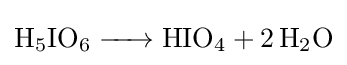
{\ce {H5IO6 -> HIO4 + 2 H2O}}